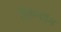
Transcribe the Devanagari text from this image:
ट्विकेनहॅम